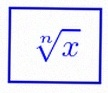
\sqrt[n]{x}